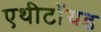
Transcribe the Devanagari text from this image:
एथीटॉयड